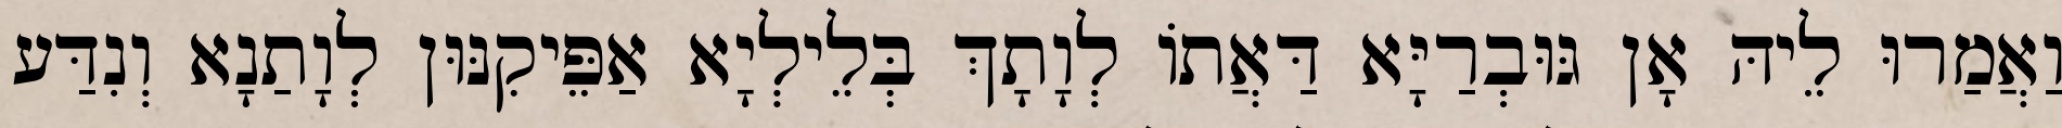
וַאֲמַרוּ לֵיהּ אָן גּוּבְרַיָּא דַּאֲתוֹ לְוָתָךְ בְּלֵילְיָא אַפֵּיקִנּוּן לְוָתַנָא וְנִדַּע